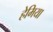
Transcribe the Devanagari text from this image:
हेमिया